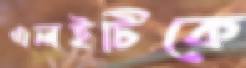
এলইটিকে